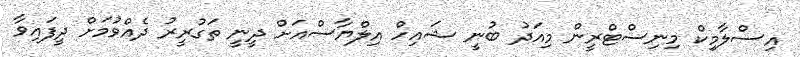
އިސްލާމިކް މިނިސްޓްރީން މިއަދު ބުނީ ޝައިހް އިލްޔާސްއަށް ދީނީ ތަގުރީރު ދެއްވުމަށް ދީފައިވާ